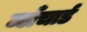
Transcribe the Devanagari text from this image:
ब्लँचार्ड